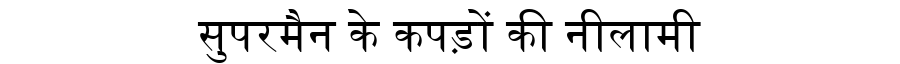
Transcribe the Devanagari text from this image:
सुपरमैन के कपड़ों की नीलामी